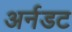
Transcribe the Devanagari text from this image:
अर्नडट